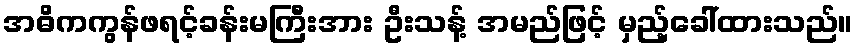
အဓိကကွန်ဖရင့်ခန်းမကြီးအား ဦးသန့် အမည်ဖြင့် မှည့်ခေါ်ထားသည်။